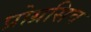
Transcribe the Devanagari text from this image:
प्रोग्रसिव